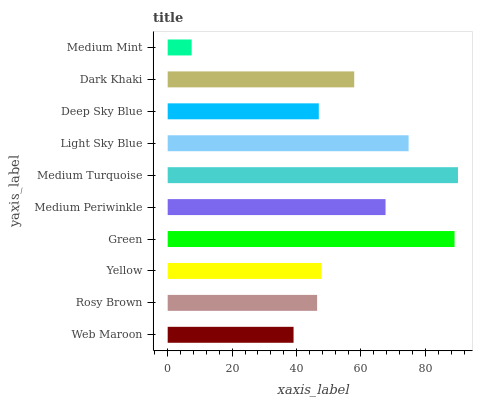
| yaxis_label | bars |
 | --- | --- |
 | Web Maroon | 39.1 |
 | Rosy Brown | 46.4 |
 | Yellow | 47.7 |
 | Green | 89 |
 | Medium Periwinkle | 67.6 |
 | Medium Turquoise | 90.1 |
 | Light Sky Blue | 74.8 |
 | Deep Sky Blue | 46.9 |
 | Dark Khaki | 57.9 |
 | Medium Mint | 7.44 |